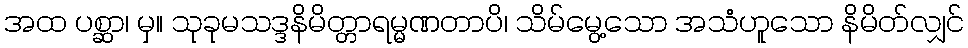
အထ ပစ္ဆာ၊ မှ။ သုခုမသဒ္ဒနိမိတ္တာရမ္မဏတာပိ၊ သိမ်မွေ့သော အသံဟူသော နိမိတ်လျှင်